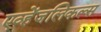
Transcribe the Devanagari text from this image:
एव्हेंजलिकल्स